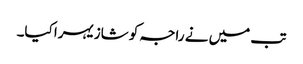
تب میں نے راجہ کو شازیہرا کیا۔